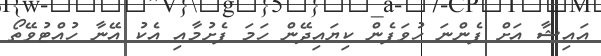
އައިޝާ އަށް ފެންނަ ހުވަފެން ކިޔައިދޭން ހަމަ ފެށުމާއި އެކު އޭނާ ހުއްޓުވޭތޯ